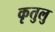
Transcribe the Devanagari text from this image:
कृतुलु